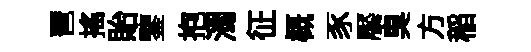
琶搖貽鑒抱濁征概豕饜臭方稲